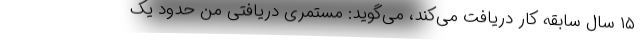
۱۵ سال سابقه کار دریافت می‌کند، می‌گوید: مستمری دریافتی من حدود یک